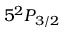
5 ^ { 2 } P _ { 3 / 2 }